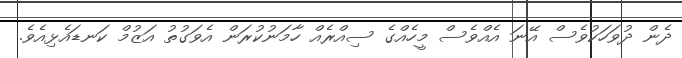
ދެން ދުވަހަކުވެސް އޭނަ އެއްވެސް މީހެއްގެ ސިއްރެއް ހާމަނުކުރަން އެވަގުތު އަޒުމް ކަނޑައެޅިއެވެ.